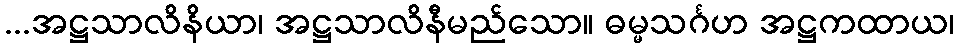
...အဋ္ဌသာလိနိယာ၊ အဋ္ဌသာလိနီမည်သော။ ဓမ္မသင်္ဂဟ အဋ္ဌကထာယ၊